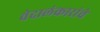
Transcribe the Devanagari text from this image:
वेदालंकारांचे